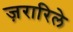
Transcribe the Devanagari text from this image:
ज़रारिले